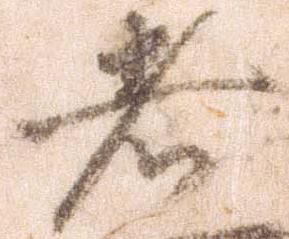
者